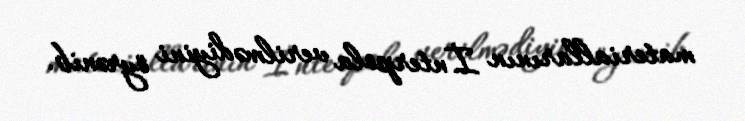
materiallarının İnterpola verilmədiyini öyrənib.